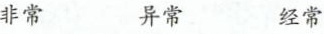
非常 异常 经常